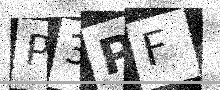
Text: P3PF